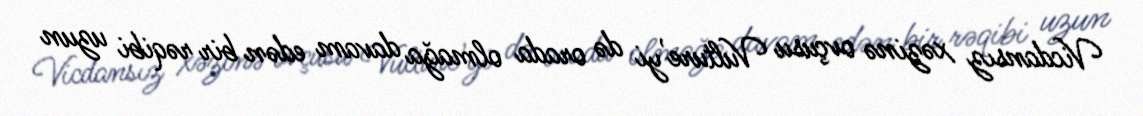
Vicdansız xəzinə ovçusu Vulture'yi də orada olmağa davam edən bir rəqibi uzun